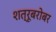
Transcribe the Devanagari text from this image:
शत्रूबरोबर